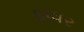
ફાધર